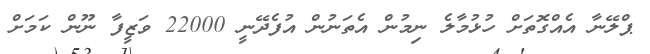
ޕްލޭނާ އެއްގޮތަށް ހުޅުމާލެ ނިމުން އެތަނުން އުފެދޭނީ 22000 ވަޒީފާ ނޫން ކަމަށް